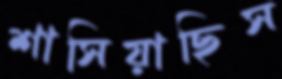
শাসিয়াছিস